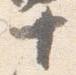
十